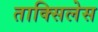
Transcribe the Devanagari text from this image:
ताक्सिलेस